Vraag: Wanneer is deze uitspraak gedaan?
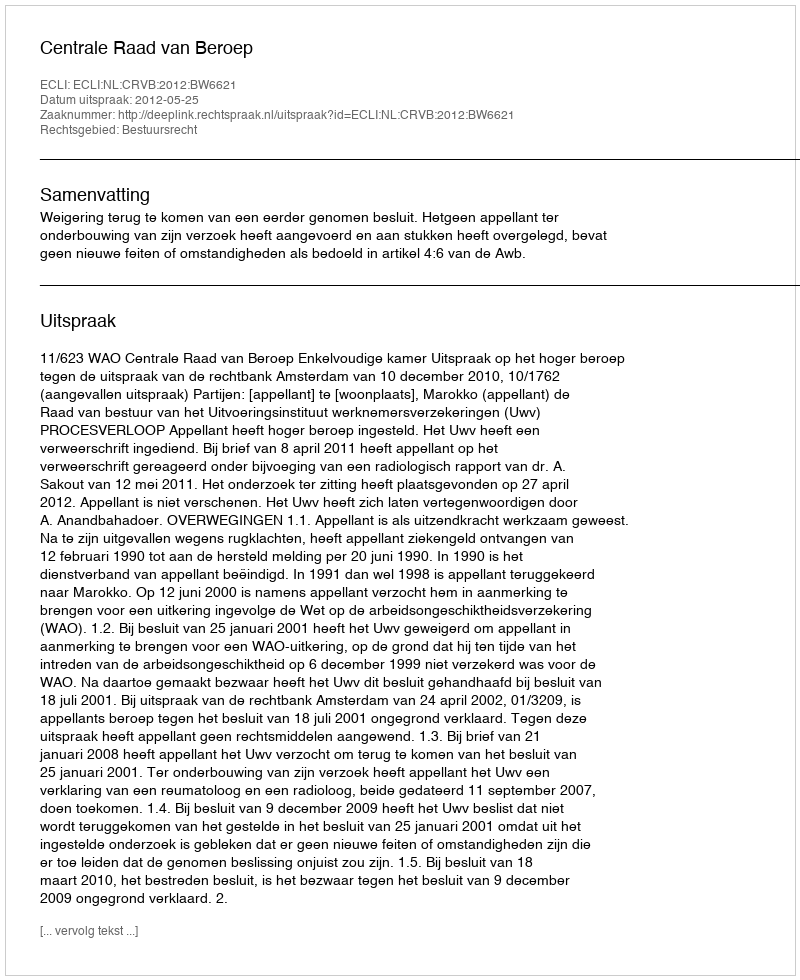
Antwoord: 2012-05-25